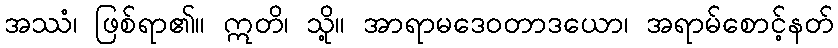
အဿံ၊ ဖြစ်ရာ၏။ ဣတိ၊ သို့။ အာရာမဒေဝတာဒယော၊ အရာမ်စောင့်နတ်